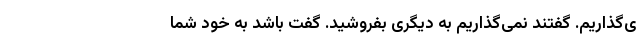
ی‌گذاریم. گفتند نمی‌گذاریم به دیگری بفروشید. گفت باشد به خود شما